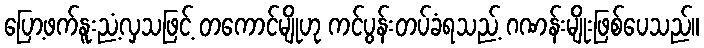
ပြော့ဖက်နူးညံ့လှသဖြင့် တကောင်မျိုဟု ကင်ပွန်းတပ်ခံရသည့် ဂဏန်းမျိုးဖြစ်ပေသည်။